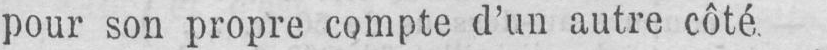
pour son propre compte d’un autre côté.